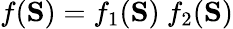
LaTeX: f(\mathbf{S})=f_{1}(\mathbf{S})~f_{2}(\mathbf{S})